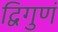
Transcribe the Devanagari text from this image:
द्विगुणं